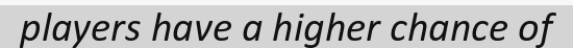
players have a higher chance of